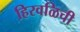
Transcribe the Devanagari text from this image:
हिरवळिची